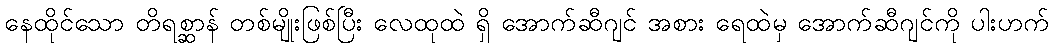
နေထိုင်သော တိရစ္ဆာန် တစ်မျိုးဖြစ်ပြီး လေထုထဲ ရှိ အောက်ဆီဂျင် အစား ရေထဲမှ အောက်ဆီဂျင်ကို ပါးဟက်